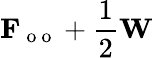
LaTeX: \mathbf{F}_{\mathrm{~o~o~}}+\frac{1}{2}\mathbf{W}